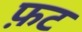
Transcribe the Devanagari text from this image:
फ़ट